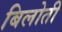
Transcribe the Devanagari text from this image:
बिलोती